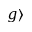
g \rangle